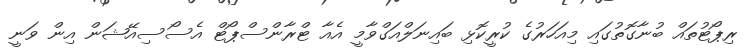
ރިޕޯޓުތައް ބުނާގޮތުގައި މިއަހަރުގެ ކުރީކޮޅި ބައިނަލްއަގްވާމީ އެއާ ޓްރާންސްޕޯޓް އެސޯސިއޭޝަން އިން ވަނީ